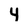
Character: 4